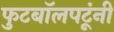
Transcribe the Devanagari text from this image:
फुटबॉलपटूंनी